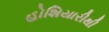
હોશિયારીથી